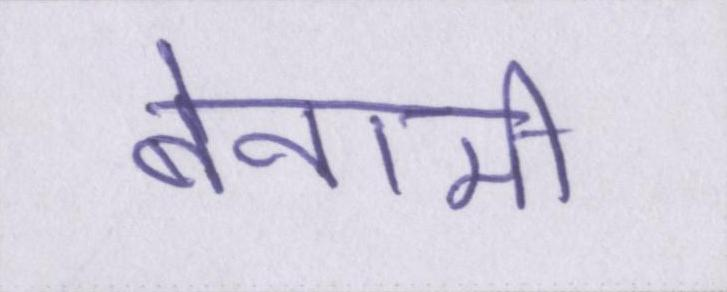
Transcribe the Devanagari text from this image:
बेनामी